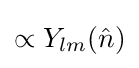
\propto Y_{lm}({\hat {n}})